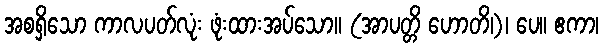
အစရှိသော ကာလပတ်လုံး ဖုံးထားအပ်သော။ (အာပတ္တိ ဟောတိ၊)၊ ပေ။ ဧကာ၊